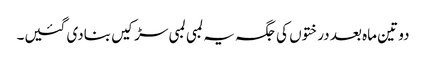
دو تین ماہ بعد درختوں کی جگہ یہ لمبی لمبی سڑکیں بنادی گئیں۔